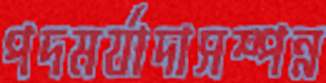
পদমর্যাদাসম্পন্ন